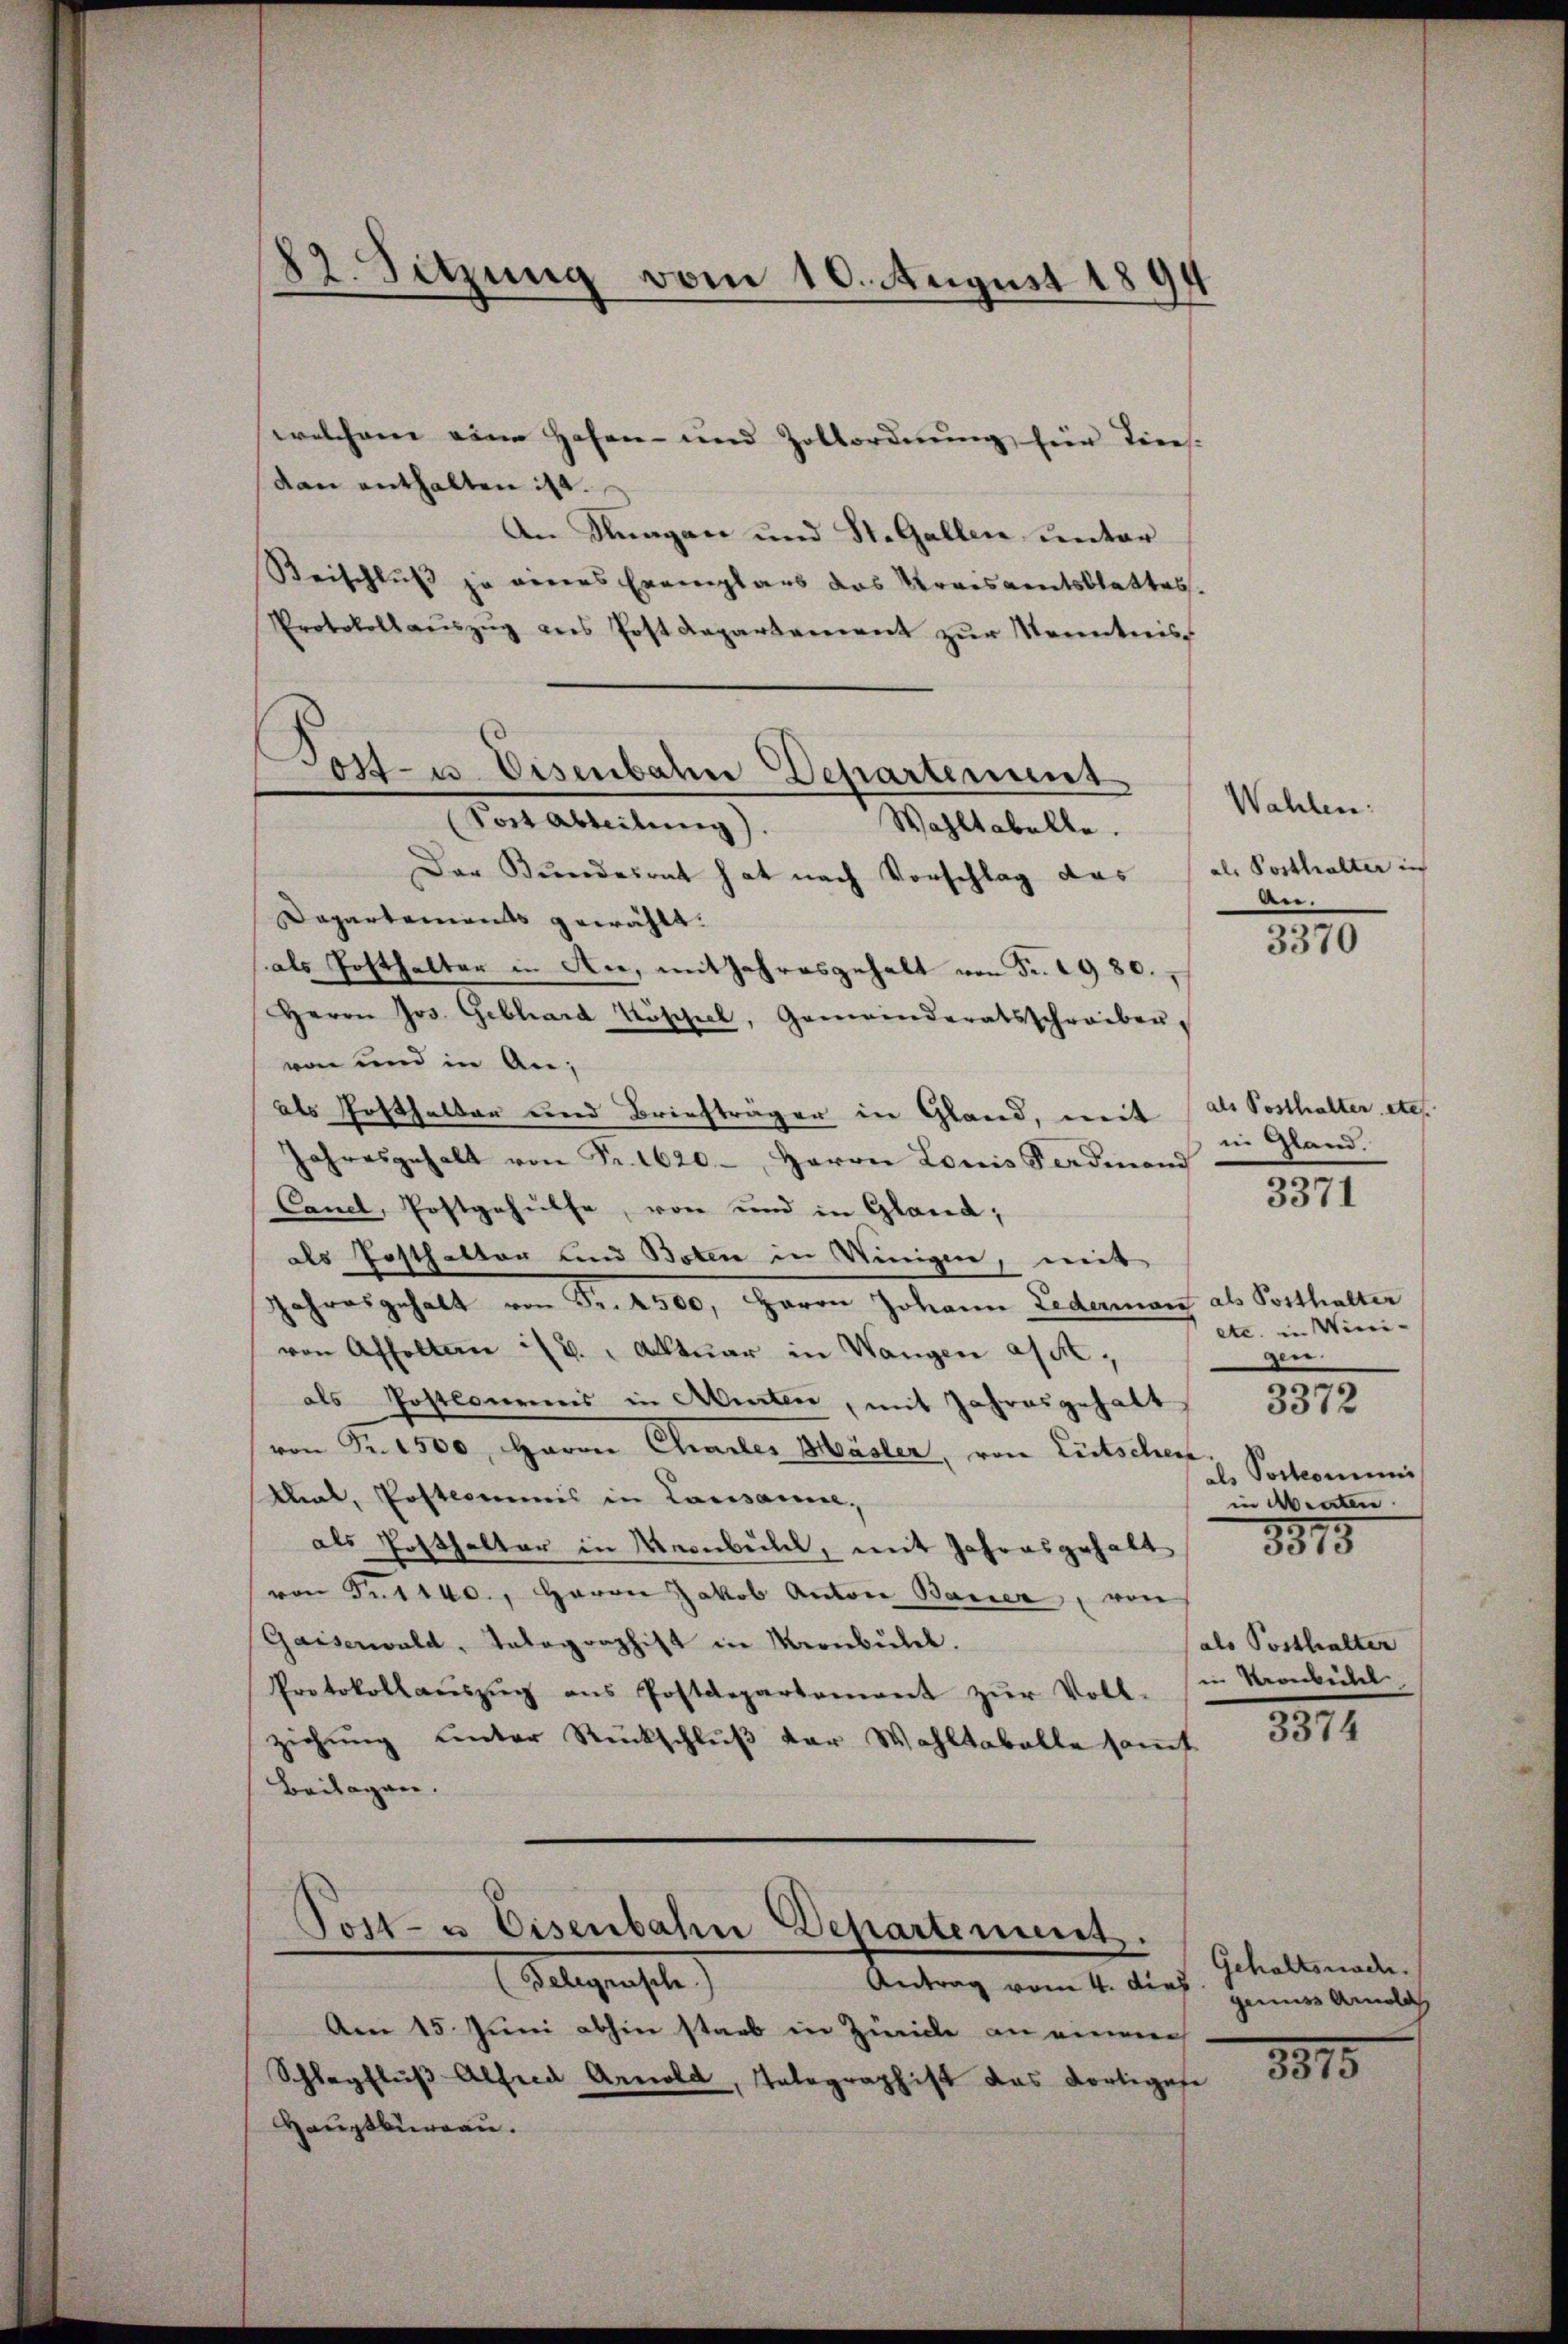
82. Sitzung vom 10. August 1894

welchem eine Hohen- und Zollordnung für Tins-
dann enthalten ist.
An Knagan und St. Gallen, unter
Beischluß zu einers Exemplars das Kreisamtsblattes.
Protokoll aŭszŭg ans Post Departament zur Kenntnis
Post- u. Eisenbahn Departement
Wahltabelle.
Der Bundesrat hat nach Vorschlag das
Dapartements gewählt.
als Posthalter in An, mit Jahresgehalt von Fr. 1980.
Herrn Jos. Gebhard Köspel, Gemeinderatsschreiben,
von und in Anals Posthalter und Briefträger in Gland, mit als Posthalter etc.
Jahresgehalt von Fr. 1620. Herrn Louis Ferdinand
Canel, Postgehülfe, von und in Gland,
als Posthalten und Boten in Ninigen, mit
Jahresgehalt von Fr. 4500, Herrn Johann Ledermari als Posthalter
von Affolten :/ B. " Aktuar in Wangen asse,
als Postlonens in Abenten, mit Jahresgehalt
von Fr. 1500, Herrn Charles Mäsler, von Litschen.
Klial, Postcommis in Lausanne,
als Posthalter in Kronbull, mit Jahresgehalt 3375
von Fr. 140., Herrn Jakob Anton Bauer, von
Gaisenwald, Talagraphist in Kronbulel.
Protokollaŭszŭg ans Postdepartement zŭr Voll-
ziehung unter Rückschluß der Wahltabelle samt
Beilagen.
Post- u. Eisenbahn Departement.
Telegenste
Antrag vom 4. dies
Am 15. Juni abhin staab in Zürich an einen
Schlagflŭβ Alfred Arnold, Telegraphist das Fortigese
Hauptbureau.

Tost Abteilung).

Wahlen.
als Posthalter in
de.

3370

in Gland.
3371

etc. in Wierigen.
als Postcommi
in Abraten.
als Posthalter
in Kronbühel

3372

1811.

Gehaltsnach.
genuss Arnold
1815